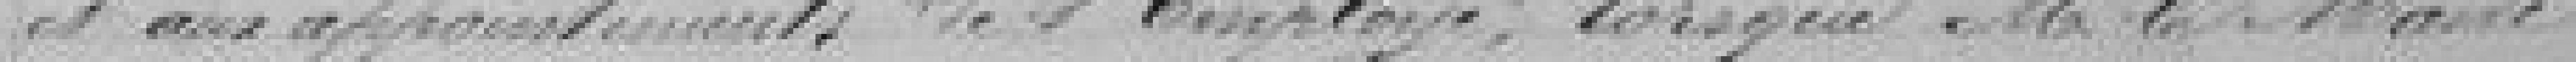
et aux appartements de l'employé, lorsque Monsieur le Maire